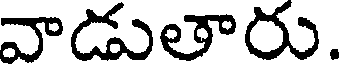
వాడుతారు.